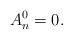
LaTeX: \begin{align*} A^0_n &=0.\end{align*}